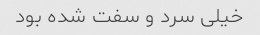
خیلی سرد و سفت شده بود